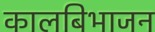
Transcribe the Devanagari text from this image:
कालबिभाजन